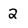
Character: 2